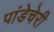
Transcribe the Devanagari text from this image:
पांडेचेरी